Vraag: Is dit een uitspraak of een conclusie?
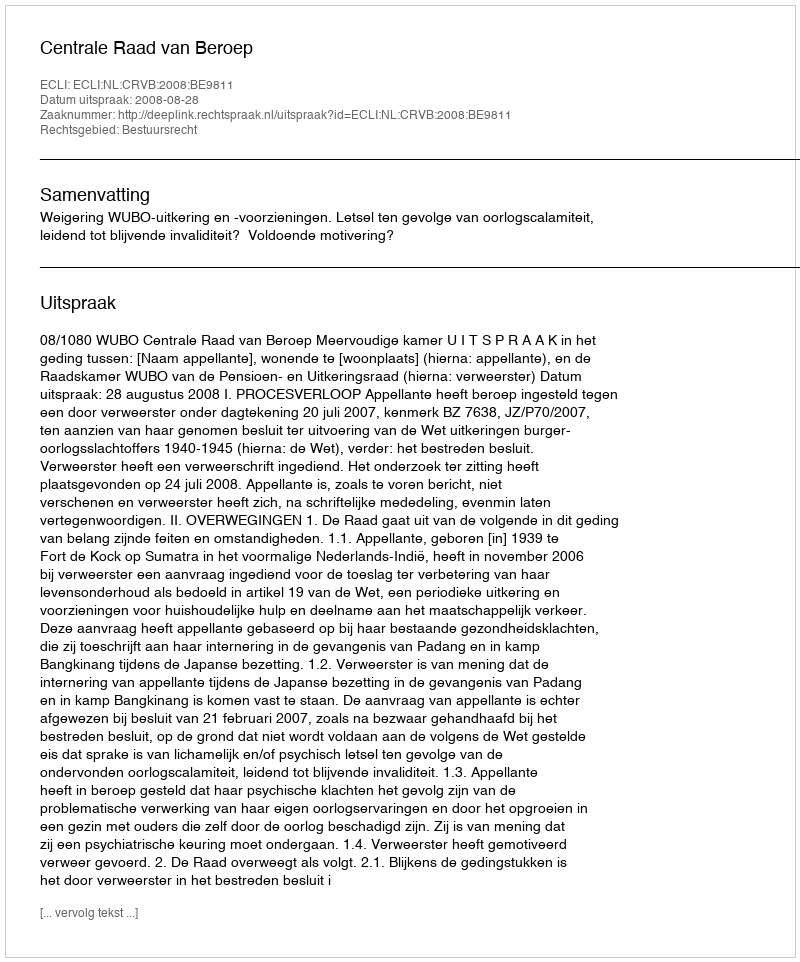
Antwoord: Uitspraak